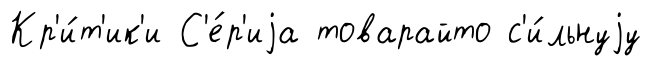
Кр'и́т'ик'и С'е́р'иjа товарайто с'и́льнуjу